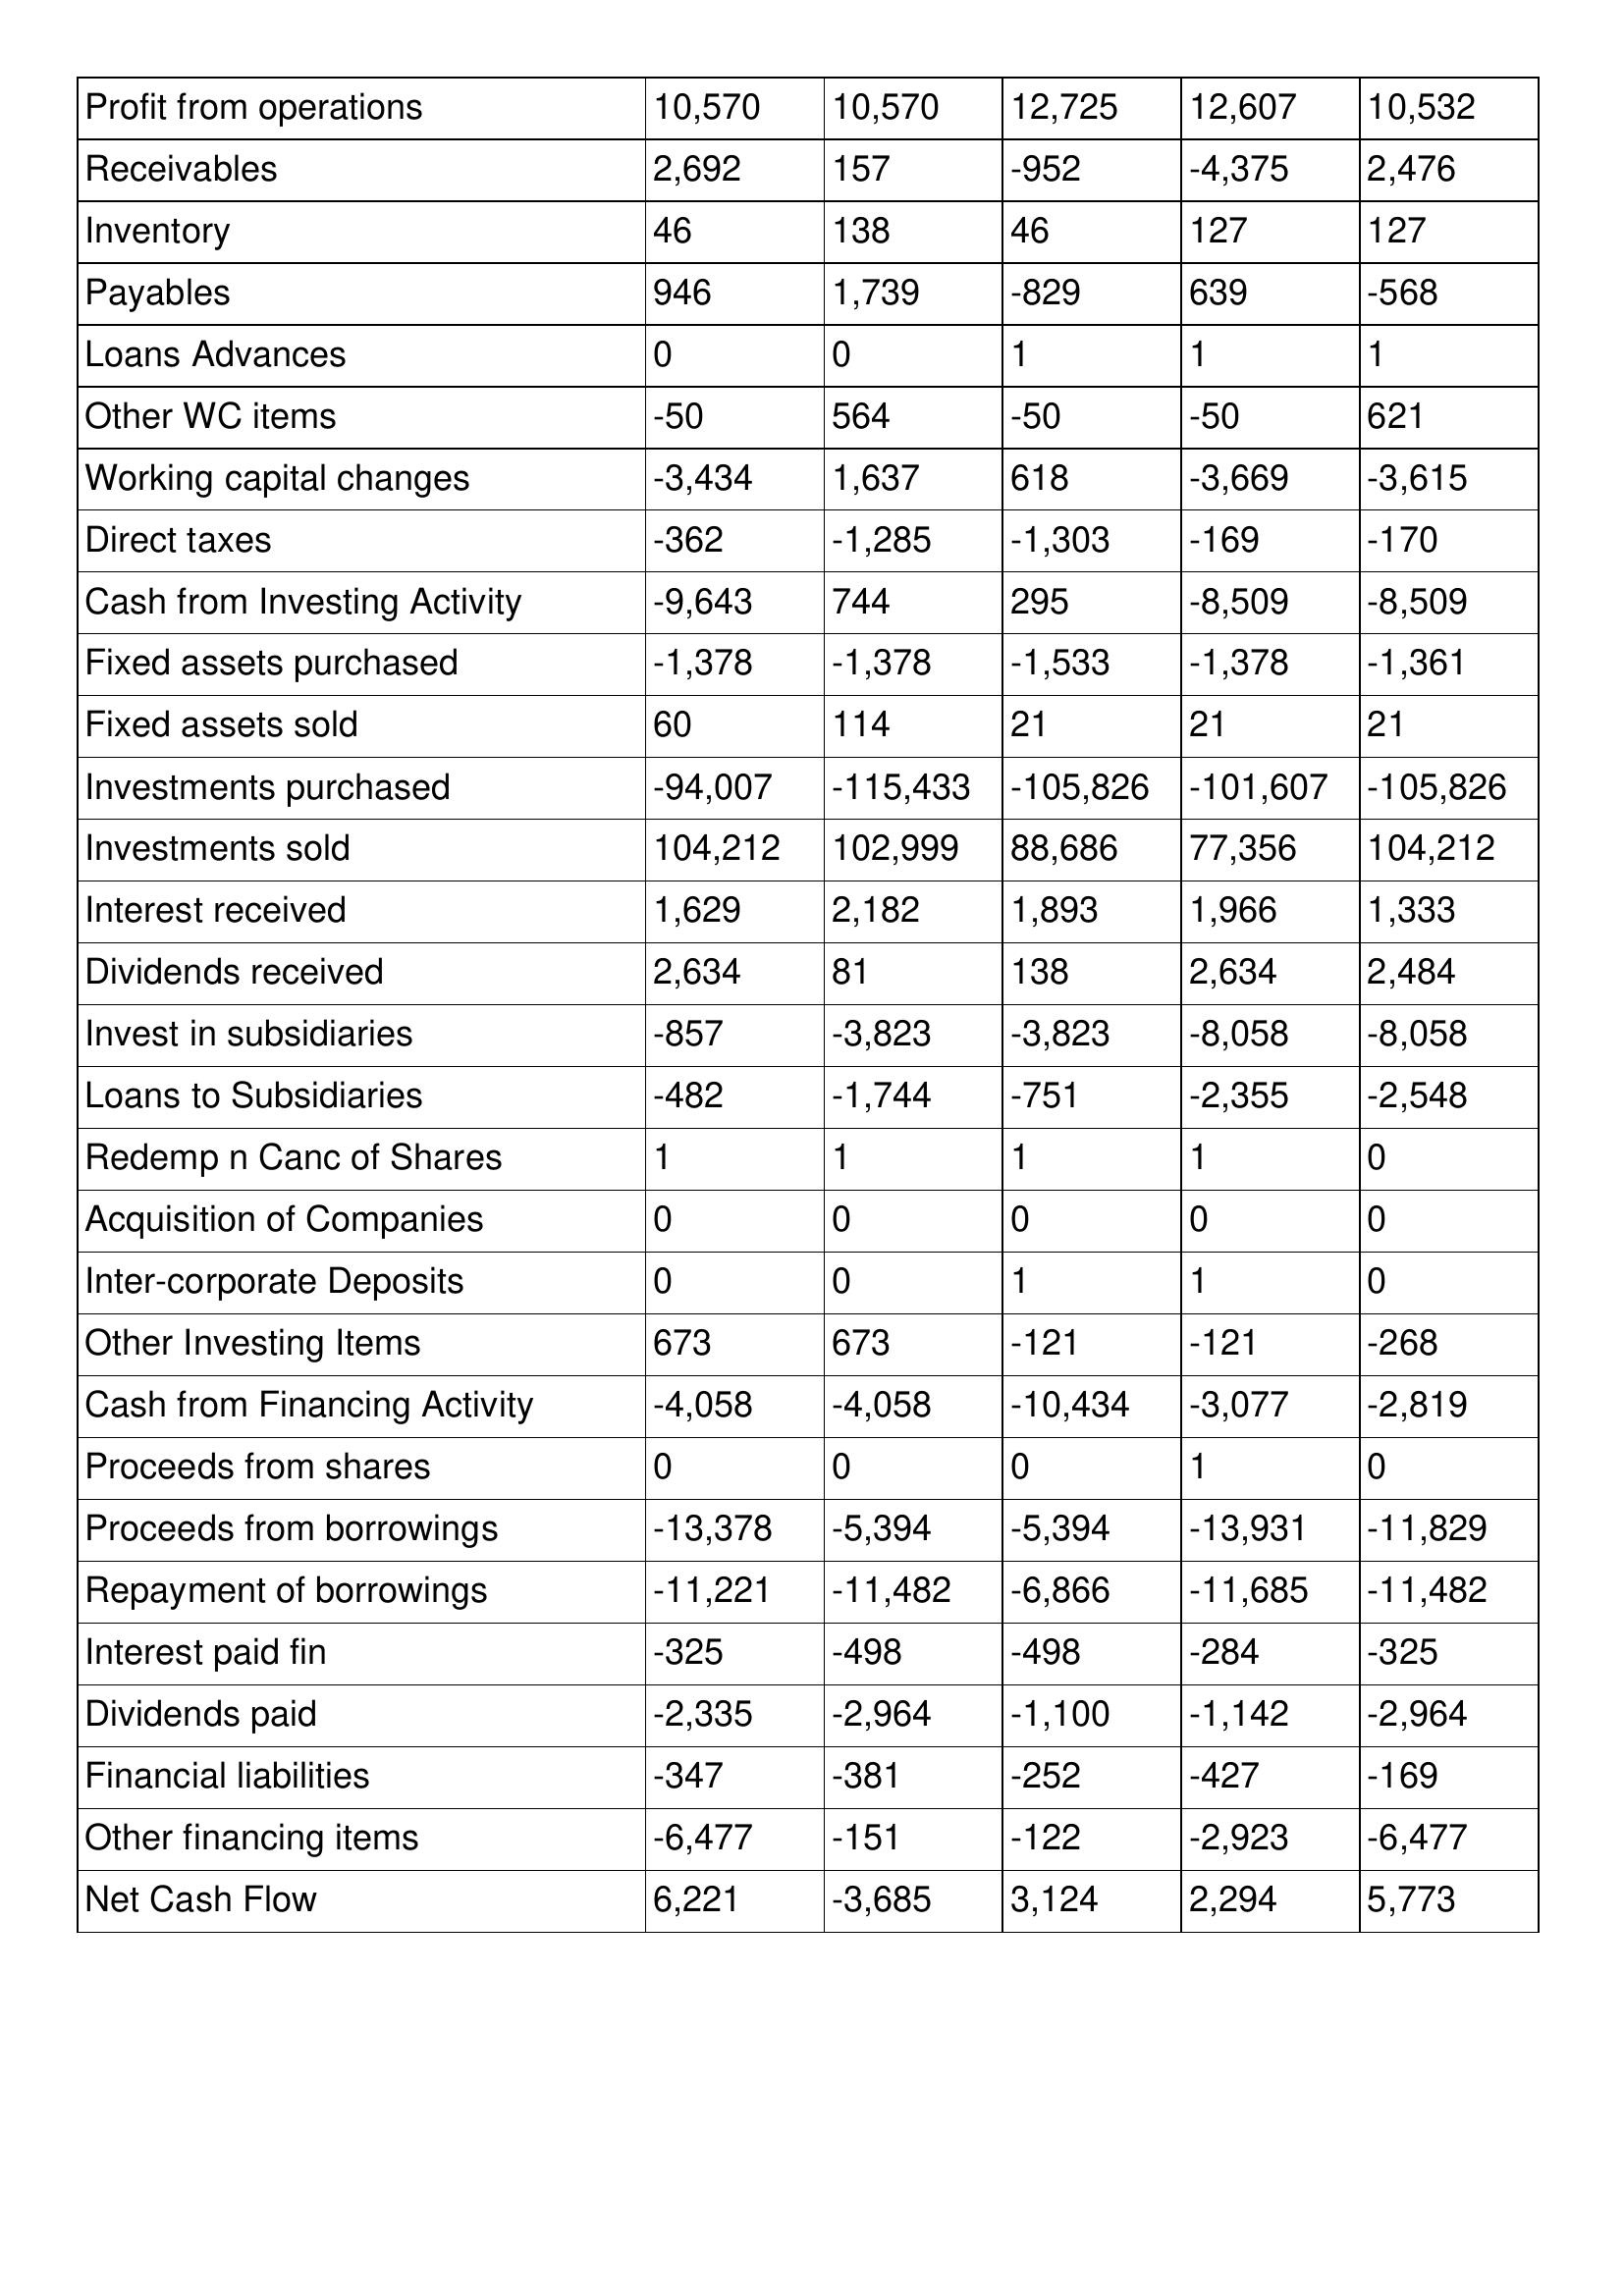
gt_parse: 2009: Cash Flows: Profit from operations: 10,570
Receivables: 2,692
Inventory: 46
Payables: 946
Loans Advances: 0
Other WC items: -50
Working capital changes: -3,434
Direct taxes: -362
Cash from Investing Activity: -9,643
Fixed assets purchased: -1,378
Fixed assets sold: 60
Investments purchased: -94,007
Investments sold: 104,212
Interest received: 1,629
Dividends received: 2,634
Invest in subsidiaries: -857
Loans to Subsidiaries: -482
Redemp n Canc of Shares: 1
Acquisition of Companies: 0
Inter-corporate Deposits: 0
Other Investing Items: 673
Cash from Financing Activity: -4,058
Proceeds from shares: 0
Proceeds from borrowings: -13,378
Repayment of borrowings: -11,221
Interest paid fin: -325
Dividends paid: -2,335
Financial liabilities: -347
Other financing items: -6,477
Net Cash Flow: 6,221
2008: Cash Flows: Profit from operations: 10,570
Receivables: 157
Inventory: 138
Payables: 1,739
Loans Advances: 0
Other WC items: 564
Working capital changes: 1,637
Direct taxes: -1,285
Cash from Investing Activity: 744
Fixed assets purchased: -1,378
Fixed assets sold: 114
Investments purchased: -115,433
Investments sold: 102,999
Interest received: 2,182
Dividends received: 81
Invest in subsidiaries: -3,823
Loans to Subsidiaries: -1,744
Redemp n Canc of Shares: 1
Acquisition of Companies: 0
Inter-corporate Deposits: 0
Other Investing Items: 673
Cash from Financing Activity: -4,058
Proceeds from shares: 0
Proceeds from borrowings: -5,394
Repayment of borrowings: -11,482
Interest paid fin: -498
Dividends paid: -2,964
Financial liabilities: -381
Other financing items: -151
Net Cash Flow: -3,685
2007: Cash Flows: Profit from operations: 12,725
Receivables: -952
Inventory: 46
Payables: -829
Loans Advances: 1
Other WC items: -50
Working capital changes: 618
Direct taxes: -1,303
Cash from Investing Activity: 295
Fixed assets purchased: -1,533
Fixed assets sold: 21
Investments purchased: -105,826
Investments sold: 88,686
Interest received: 1,893
Dividends received: 138
Invest in subsidiaries: -3,823
Loans to Subsidiaries: -751
Redemp n Canc of Shares: 1
Acquisition of Companies: 0
Inter-corporate Deposits: 1
Other Investing Items: -121
Cash from Financing Activity: -10,434
Proceeds from shares: 0
Proceeds from borrowings: -5,394
Repayment of borrowings: -6,866
Interest paid fin: -498
Dividends paid: -1,100
Financial liabilities: -252
Other financing items: -122
Net Cash Flow: 3,124
2006: Cash Flows: Profit from operations: 12,607
Receivables: -4,375
Inventory: 127
Payables: 639
Loans Advances: 1
Other WC items: -50
Working capital changes: -3,669
Direct taxes: -169
Cash from Investing Activity: -8,509
Fixed assets purchased: -1,378
Fixed assets sold: 21
Investments purchased: -101,607
Investments sold: 77,356
Interest received: 1,966
Dividends received: 2,634
Invest in subsidiaries: -8,058
Loans to Subsidiaries: -2,355
Redemp n Canc of Shares: 1
Acquisition of Companies: 0
Inter-corporate Deposits: 1
Other Investing Items: -121
Cash from Financing Activity: -3,077
Proceeds from shares: 1
Proceeds from borrowings: -13,931
Repayment of borrowings: -11,685
Interest paid fin: -284
Dividends paid: -1,142
Financial liabilities: -427
Other financing items: -2,923
Net Cash Flow: 2,294
2005: Cash Flows: Profit from operations: 10,532
Receivables: 2,476
Inventory: 127
Payables: -568
Loans Advances: 1
Other WC items: 621
Working capital changes: -3,615
Direct taxes: -170
Cash from Investing Activity: -8,509
Fixed assets purchased: -1,361
Fixed assets sold: 21
Investments purchased: -105,826
Investments sold: 104,212
Interest received: 1,333
Dividends received: 2,484
Invest in subsidiaries: -8,058
Loans to Subsidiaries: -2,548
Redemp n Canc of Shares: 0
Acquisition of Companies: 0
Inter-corporate Deposits: 0
Other Investing Items: -268
Cash from Financing Activity: -2,819
Proceeds from shares: 0
Proceeds from borrowings: -11,829
Repayment of borrowings: -11,482
Interest paid fin: -325
Dividends paid: -2,964
Financial liabilities: -169
Other financing items: -6,477
Net Cash Flow: 5,773